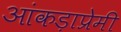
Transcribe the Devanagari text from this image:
आंकड़ाप्रेमी